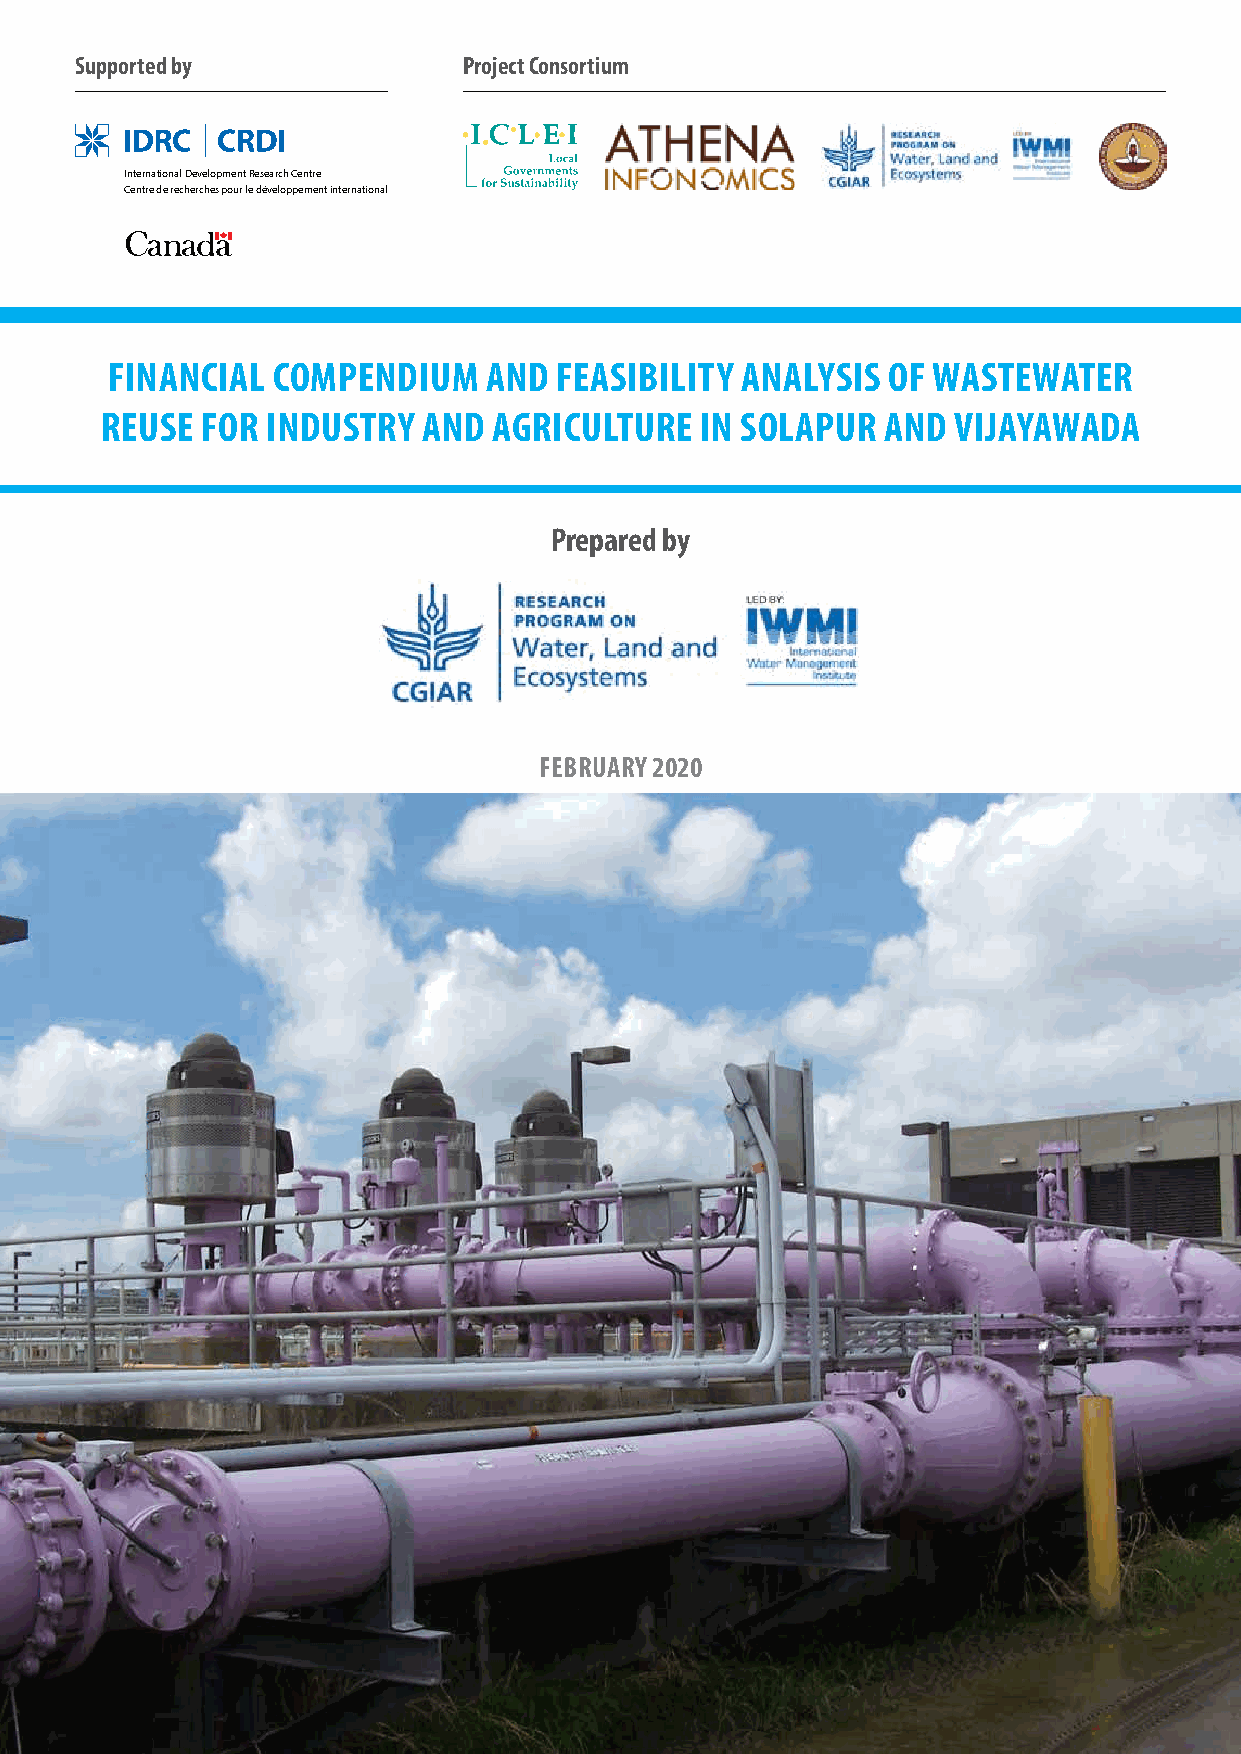
supported by              project consortium
 International Development Research Centre
 Centre de recherches pour le développement international
 Financial  compendium    and  Feasibility analysis  oF WasteWater
 reuse For industry   and agriculture   in solapur  and  VijayaWada
 prepared by
 February 2020